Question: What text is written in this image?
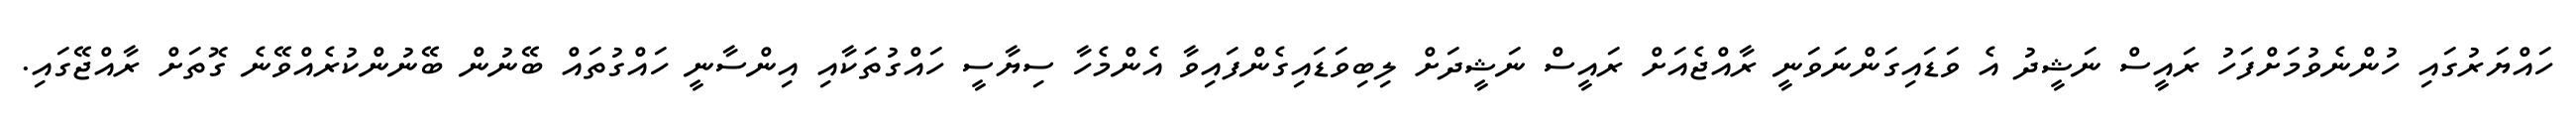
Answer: ހައްޔަރުގައި ހުންނެވުމަށްފަހު ރައީސް ނަޝީދު އެ ވަޑައިގަންނަވަނީ ރާއްޖެއަށް ރައީސް ނަޝީދަށް ލިބިވަޑައިގެންފައިވާ އެންމެހާ ސިޔާސީ ހައްގުތަކާއި އިންސާނީ ހައްގުތައް ބޭނުން ބޭނުންކުރެއްވޭނެ ގޮތަށް ރާއްޖޭގައި.